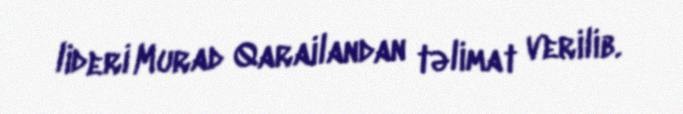
lideri Murad Qarailandan təlimat verilib.